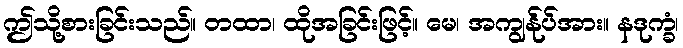
ဤသို့စားခြင်းသည်။ တထာ၊ ထိုအခြင်းဖြင့်။ မေ၊ အကျွန်ုပ်အား။ နဒုက္ခံ၊